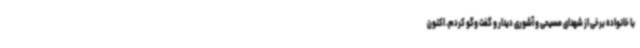
با خانواده برخی از شهدای مسیحی و آشوری دیدار و گفت وگو کردم. اکنون